Source: Handwritten
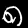
Digit: ၈ (8)